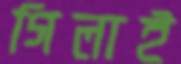
গিলাই